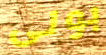
بولى